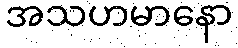
အသဟမာနော